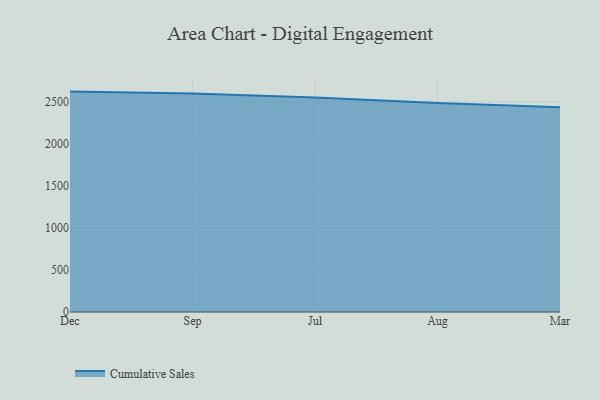
{"axis": {"x": "Month", "y": "Conversion Rate (%)"}, "legend": ["Cumulative Sales"], "data": [{"x": "Dec", "y": 2624.2, "type": "Cumulative Sales"}, {"x": "Sep", "y": 2602.4, "type": "Cumulative Sales"}, {"x": "Jul", "y": 2553.8, "type": "Cumulative Sales"}, {"x": "Aug", "y": 2487.2, "type": "Cumulative Sales"}, {"x": "Mar", "y": 2439.3, "type": "Cumulative Sales"}]}